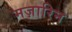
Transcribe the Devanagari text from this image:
मज़ारिन